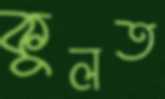
কুলত